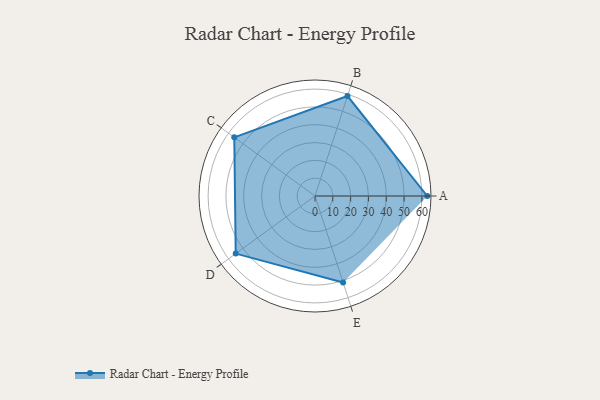
{"axis": {"x": "Skill", "y": "Score"}, "legend": ["Profile"], "data": [{"x": "A", "y": 63.0, "type": "Profile"}, {"x": "B", "y": 59.0, "type": "Profile"}, {"x": "C", "y": 56.0, "type": "Profile"}, {"x": "D", "y": 55.0, "type": "Profile"}, {"x": "E", "y": 51.0, "type": "Profile"}]}